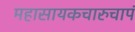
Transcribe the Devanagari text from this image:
महासायकचारुचापं